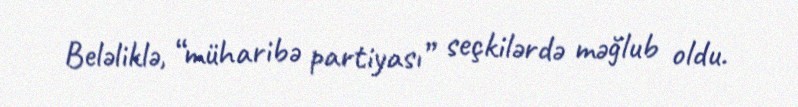
Beləliklə, “müharibə partiyası” seçkilərdə məğlub oldu.